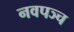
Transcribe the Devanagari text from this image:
नवपञ्च